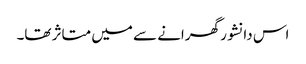
اس دانشور گھرانے سے میں متاثر تھا۔